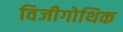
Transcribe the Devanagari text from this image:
विजीगोथिक